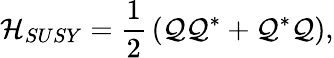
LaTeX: {\cal H}_{SUSY}={\frac{1}{2}}\left({\cal Q}{\cal Q}^{*}+{\cal Q}^{*}{\cal Q}\right),